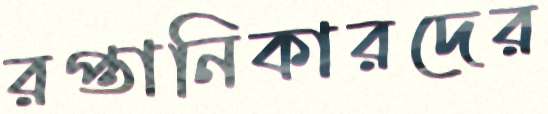
রপ্তানিকারদের